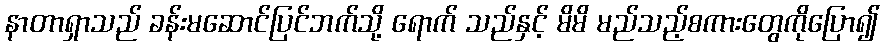
နာတာရှာသည် ခန်းမဆောင်ပြင်ဘက်သို့ ရောက် သည်နှင့် မိမိ မည်သည့်စကားတွေကိုပြော၍